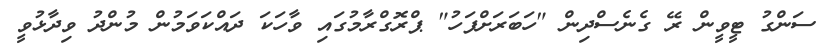
ސަންގު ޓީވީން ރޭ ގެނެސްދިން "ހަބަރަށްފަހު" ޕްރޮގްރާމުގައި ވާހަކަ ދައްކަވަމުން މުންދު ވިދާޅުވީ